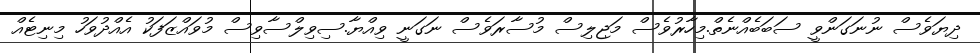
ދިޔަވެސް ނުނަގަންވީ ސަބަބެއްނެތް.މިހާރުވެސް މަޖިލިސް މުސާރަވެސް ނަގަނީ ވިއްޔާ.ސިވިލްސާވިސް މުވައްޒަފަކު އެއްދުވަހު މިނިޓެއް